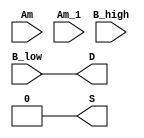
`timescale 1ns/1ns
module LUT_dse3(
    input           Am          ,
    input           B_low       ,
    input           Am_1        ,
    input           B_high      ,
    output          S           ,
    output          D           //           
);

	assign D = B_low;
	assign S = 1'b0;

endmodule // LUT__dse3